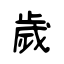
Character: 歲